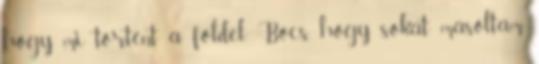
hogy mi történt a földel. Bocs, hogy sokat másoltam